Insane asylums Bombay 1873-77 - 1873-1877
Year: 1873
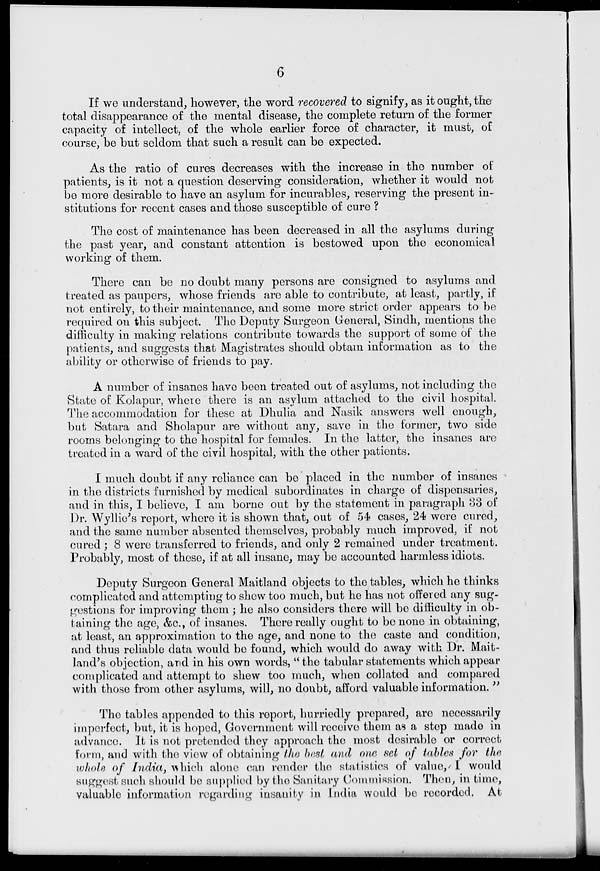
6
If we understand, however, the word recovered to signify, as it ought, the
total disappearance of the mental disease, the complete return of the former
capacity of intellect, of the whole earlier force of character, it must, of
course, be but seldom that such a result can be expected.
As the ratio of cures decreases with the increase in the number of
patients, is it not a question deserving consideration, whether it would not
bo more desirable to have an asylum for incurables, reserving the present in-
stitutions for recent cases and those susceptible of cure ?
The cost of maintenance has been decreased in all the asylums during
the past year, and constant attention is bestowed upon the economical
working of them.
There can be no doubt many persons are consigned to asylums and
treated as paupers, whose friends are able to contribute, at least, partly, if
not entirely, do their maintenance, and some more strict order appears to be
required on this subject. The Deputy Surgeon General, Sindh, mentions the
difficulty in making relations contribute towards the support of some of the
patients, and suggests that Magistrates should obtain information as to the
ability or otherwise of friends to pay.
A number of insanes have been treated out of asylums, not including the
State of Kolapur, where there is an asylum attached to the civil hospital.
The accommodation for these at Dhulia and Nasik answers well enough,
but Satara and Sholapur are without any, save in the former, two side
rooms belonging to the hospital for females. In the latter, the insanes are
treated in a ward of the civil hospital, with the other patients.
I much doubt if any reliance can be placed in the number of insanes
in the districts furnished by medical subordinates in charge of dispensaries,
and in this, I believe, I am borne out by the statement in paragraph 33 of
Dr. Wyllie's report, where it is shown that, out of 54 cases, 24 were cured,
and the same number absented themselves, probably much improved, if not
cured ; 8 were transferred to friends, and only 2 remained under treatment.
Probably, most of these, if at all insane, may be accounted harmless idiots.
Deputy Surgeon General Maitland objects to the tables, which he thinks
complicated and attempting to shew too much, but he has not offered any sug-
gestions for improving them ; he also considers there will be difficulty in ob-
taining the ago, &c, of insanes. There really ought to be none in obtaining,
at least, an approximation to the age, and none to the caste and condition,
and thus reliable data would be found, which would do away with Dr. Mait-
land's objection, and in his own words, " the tabular statements which appear
complicated and attempt to shew too much, when collated and compared
with those from other asylums, will, no doubt, afford valuable information. "
The tables appended to this roport, hurriedly prepared, are necessarily
imperfect, but, it is hoped, Government will receive thorn as a stop made in
advance. It is not pretended they approach the most desirable or correct
form, and with the view of obtaining the bast and one net of tables for the
whole of India, which alone can render the statistics of value, I would
suggest such should be supplied by the Sanitary Commission. Then, in time,
valuable information regarding insanity in India would be recorded. At